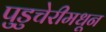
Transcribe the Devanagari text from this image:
पुडुचेरीमधून